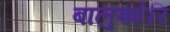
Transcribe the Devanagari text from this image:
बालुश्शेरि